Medical and sanitary report of the native army of Bengal for the year
Year: 1875
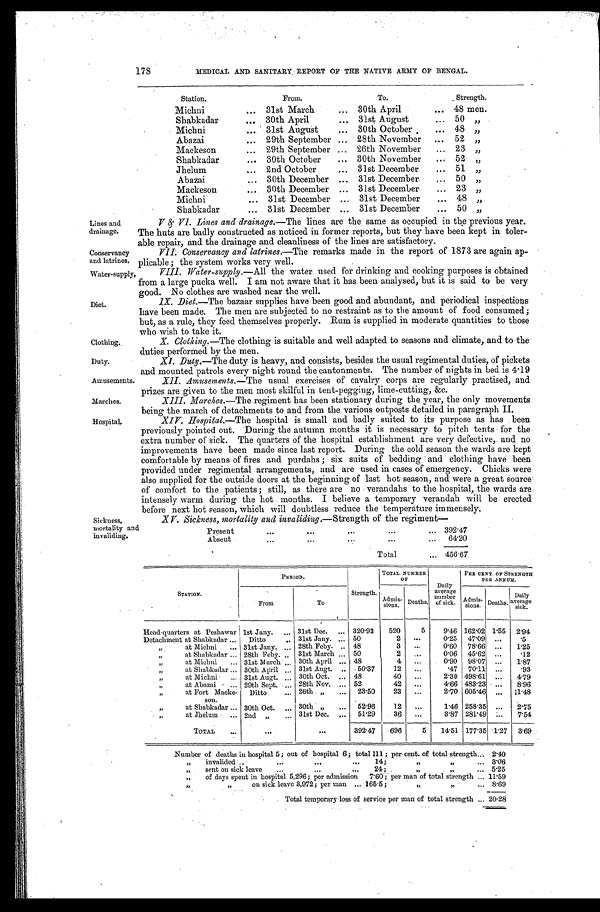
Lines and
drainage.
Conservancy
and latrines.
Water-supply,
Diet.
Clothing..
Duty.
Amusements.
Marches.
Hospital.
178
MEDICAL AND SANITARY REPORT OF THE NATIVE ARMY OF BENGAL.
Station..
From.
To.
Strength.
Michni
... 31st March
...
30th April
... 48 men.
Shabkadar
... 30th April
... 31st August
...
50 „
Michni
...
31st August
...
30th October
... 48 ,,
Abazai
... 29th September ... 28th November
...
52 „
Mackeson
...
29th September ... 26th November
... 23 „
Shabkadar.
... 30th October
... 30th November
... 52 „
Jhelum
... 2nd October
...
31st December
... 51 „
Abazai
... 30th December ... 31st December
... 50 „
Mackeson
...
30th December ... 31st December
...
23 „
Michni
... 31st December ... 31st December
... 48 „
Shabkadar
... 31st December ... 31st December
... 50 „
V&VI. Lines and drainage:— The lines are the same as occupied in the previous year.
The huts are badly constructed as noticed in former reports, but they have been kept in toler-
able repair, and the drainage and cleanliness of the lines are satisfactory.
VII. Conservancy and latrines.—The remarks made in the report of 1873 are again ap-
plicable : the system works very well.
VIII. Water-supply.- All the water used for drinking and cooking purposes is obtained
from a large pucka well. I am not aware that it has been analysed, but it is said to be very
good. No clothes are washed near the well.
IX. Diet.— The bazaàr supplies have been good and abundant, and periodical inspections
have been made. The men are subjected to no restraint as to the amount of food consumed;
but, as a rule, they feed themselves properly. Rum is supplied in moderate quantities to those
who wish to take it.
X. Clothing.—The clothing is suitable and well adapted to seasons and climate, and to the
duties performed by the men.
Duty.—The duty is heavy, and consists, besides the usual regimental duties, of pickets
and mounted patrols every night round the cantonments. The number of nights in bed is 4.19
XII. Amusements.— The usual exercises of cavalry corps are regularly practised, and
Prizes are given to the men most skilful in tent-pegging, lime-cutting, &c.
Marches.—The regiment has been stationary during the year, the only movements
being the march of detachments to and from the various outposts detailed in paragraph II.
XIV. Hospital.—The hospital is small and badly suited to its purpose as has been
previously pointed out. During the autumn months it is necessary to pitch tents for the
extra number of sick. The quarters of the hospital establishment are very defective, and no
improvements have been made since last report. During the cold season 'the wards are kept
comfortable by means of fires and purdahs ; six suits of bedding and clothing have been
provided under regimental arrangements, and are used in cases of emergency. Chicks were
also supplied for the outside doors at the beginning of last hot season, and were a great source
of comfort to the patients ; as there are no verandahs to the hospital, the wards are
intensely warm during the hot months. I believe a temporary verandah will be erected
before next hot season, which will doubtless reduce the temperature immensely.
Sickness,
mortality and
invaliding.
XV. Sickness, mortality and invaliding.— Strength of the regiment:—
Present
. . .
. . .
. . .
...
... 392.47
Absent
. . .
. . .
. . .
. . .
. . .
64.20
Total
... 456.67
STATION.
PERIOD.
Strength.
TOTAL NUMBER
OF
Dai l y aver age number of si ck.
PER CENT. OF STRENGTH
PER ANNUM.
From
To
Admissions.
Deaths.
Admissions. Deaths. Dai l y aver age s i ck.
Head-quarters at Peshawar 1st Jany.
. . . 31st Dec.
. . . 320.93
520
5
9.46 162.02 1.55 2.94
Detachment at Shabkadar . . . Ditto
. . . 31st Jany.
. . . 50
2
. . .
0.25 47.. 0 9 ...
.5
, ,
at Michni
. . . 31st Jany.
. . . 28th Feby.
. . . 48
3
. . .
0.60
78.66 ...
1.25
, , at Shabkadar . . . 28th Feby.
. . . 31st March
. . . 50
2
. . .
0.06 45.62
. . .
.12
, ,
at Michni
. . . 31st March
. . .
30th April
. . . 48
4
. . .
0.90 98.07 ...
1.87
, ,
at Shabkadar . . . 30th April
. . . 31st Augt.
. . . 50.37
12
. . .
.47 70.11 ...
.93
, ,
at Michni
. . . 31st Augt.
. . . 30th Oct.
. . . 48
40
. . .
2.30 498.61
. . .
4.79
, ,
at Abazai
. . . 29th Sept.
. . . 28th Nov.
. . . 52
42
. . .
4.66 483.23
. . .
8.96
, ,
at Fort Macke-
s o n .
Ditto
. . . 26th,,
...
23.50
23
. . .
2.70 605.46 ...
11.48
, ,
at Shabkadar . . . 30th Oct.
. . . 30th ,,
. . . 52.96
12
. . .
1.46 258.15
. . .
2.75
, ,
at Jhelum
. . . 2nd ,,
. . . 31st Dec.
. . . 51.29
36
. . .
3.87 281.49
. . .
7.54
T O T A L
. . .
. . .
392.47
696
5
14. 51 177.35 1.27 3.69
Number of deaths in hospital 5; out of hospital 6; total 111 ; per cent. of total strength.
...
2.40
, ,
invalided ..
. . .
. . .
...
14;
, ,
„
...
3.06
, ,
sent on sick leave
. . .
. . .
...
24;
„
„
... 5.25
, ,
of days spent in hospital 5,296; per admission
7.60 ; per man of total strength ... 11.59
, ,
,,
on sick leave 3,972; per man ... 165.5;
,,
. . . 8.69
Total temporary loss of service per man of total strength ... 20.28